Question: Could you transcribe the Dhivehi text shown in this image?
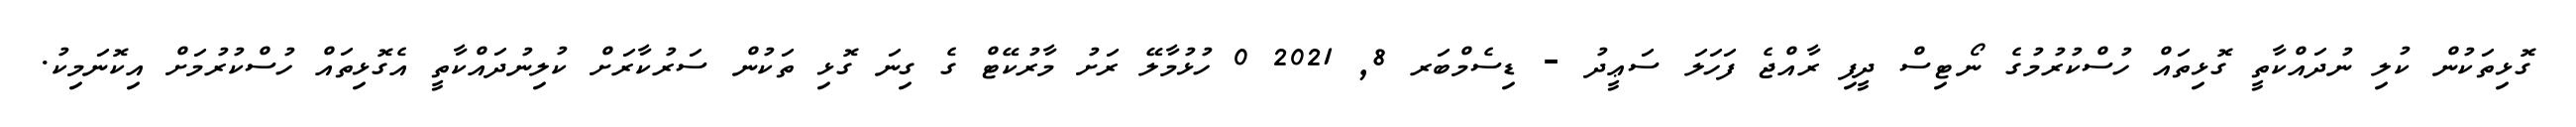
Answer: ގޮޅިތަކުން ކުލި ނުދައްކާތީ ގޮޅިތައް ހުސްކުރުމުގެ ނޯޓިސް ދީފި ރާއްޖެ ފަހަލަ ސަޢީދު - ޑިސެމްބަރ 8, 2021 0 ހުޅުމާލޭ ރަށު މާރުކޭޓް ގެ ގިނަ ގޮޅި ތަކުން ސަރުކާރަށް ކުލިނުދައްކާތީ އެގޮޅިތައް ހުސްކުރުމަށް އިކޮނަމިކު.